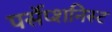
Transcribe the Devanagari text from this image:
पर्सेप्शनिस्ट